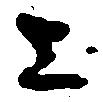
上